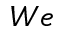
W e